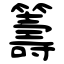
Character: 籌